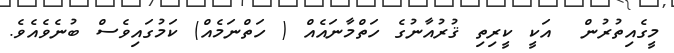
މީގެއިތުރުން  އަކީ ކީރިތި ޤުރުއާނުގެ ހަތްމާނައެއް ( ހަތްނަމެއް) ކަމުގައިވެސް ބުނެވެއެވެ.